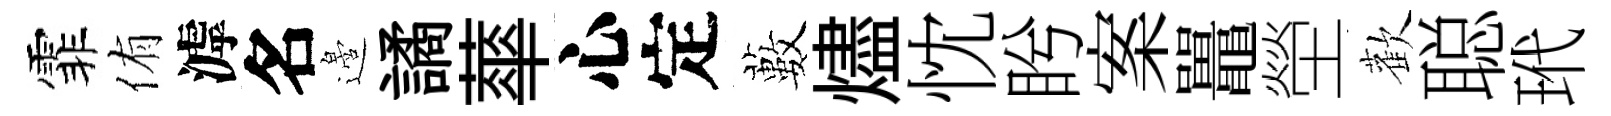
霏侑滹名邉譎蕐心定藪燼忱盻案鼉塋歡聪玳